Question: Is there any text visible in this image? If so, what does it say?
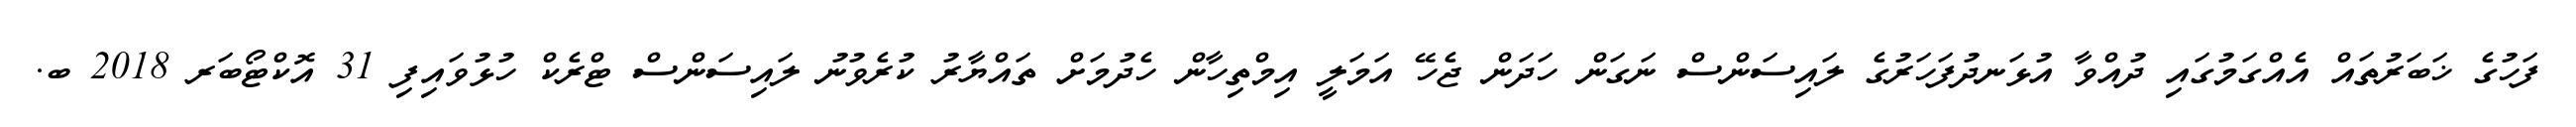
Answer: ފަހުގެ ޚަބަރުތައް އެއްގަމުގައި ދުއްވާ އުޅަނދުފަހަރުގެ ލައިސަންސް ނަގަން ހަދަން ޖެހޭ އަމަލީ އިމްތިހާން ހެދުމަށް ތައްޔާރު ކުރެވުނު ލައިސަންސް ޓްރެކް ހުޅުވައިފި 31 އޮކްޓޯބަރ 2018 ބ.